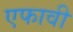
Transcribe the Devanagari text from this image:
एफावी